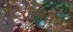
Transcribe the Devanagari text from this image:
एंटरोबियस